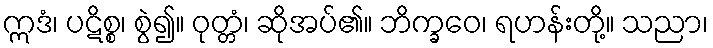
ဣဒံ၊ ပဋိစ္စ၊ စွဲ၍။ ဝုတ္တံ၊ ဆိုအပ်၏။ ဘိက္ခဝေ၊ ရဟန်းတို့။ သညာ၊